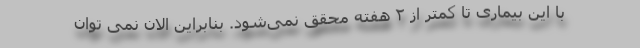
با این بیماری تا کمتر از ۲ هفته محقق نمی‌شود. بنابراین الان نمی توان